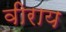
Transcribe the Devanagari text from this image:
वीराय